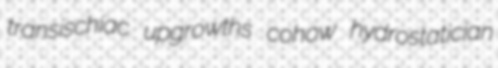
transischiac upgrowths cohow hydrostatician